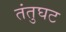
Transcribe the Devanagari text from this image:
तंतुघट